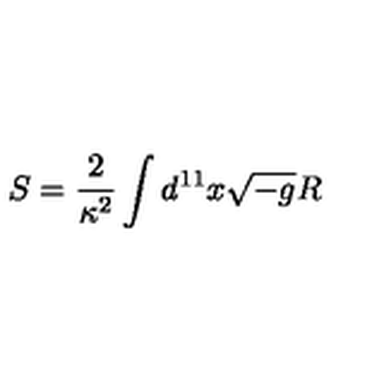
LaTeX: S = \frac { 2 } { \kappa ^ { 2 } } \int d ^ { 1 1 } x \sqrt { - g } R